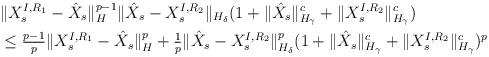
LaTeX: \begin{align*}&\| X_s^{I, R_1} - \hat X_s \|_H^{p-1}\| \hat X_s - X_s^{I, R_2} \|_{H_\delta}(1 + \|\hat X_s\|_{H_\gamma}^c + \| X_s^{I, R_2} \|_{H_\gamma}^c )\\&\leq\tfrac{p-1}{p}\| X_s^{I, R_1} - \hat X_s \|_H^p+\tfrac{1}{p}\| \hat X_s - X_s^{I, R_2} \|_{H_\delta}^p(1 + \|\hat X_s\|_{H_\gamma}^c + \| X_s^{I, R_2} \|_{H_\gamma}^c )^p\end{align*}